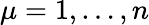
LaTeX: \mu=1,\dots,n